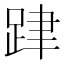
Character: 𨀞